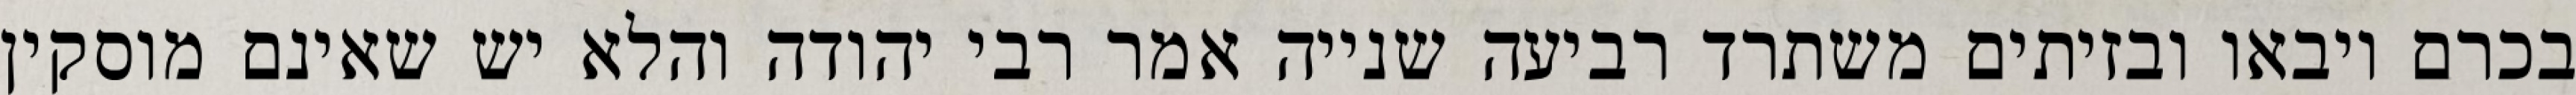
בכרם ויבאו ובזיתים משתרד רביעה שנייה אמר רבי יהודה והלא יש שאינם מוסקין